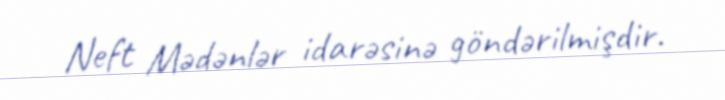
Neft Mədənlər idarəsinə göndərilmişdir.